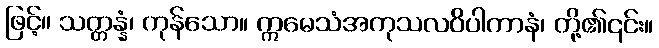
ဖြင့်။ သတ္တန္နံ၊ ကုန်သော။ ဣမေသံအကုသလဝိပါကာနံ၊ တို့၏၎င်း။